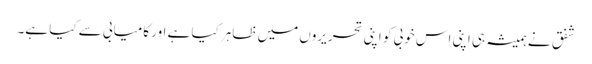
شفق نے ہمیشہ ہی اپنی اس خوبی کو اپنی تحریروں میں ظاہر کیا ہے اور کامیابی سے کیا ہے۔